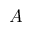
A